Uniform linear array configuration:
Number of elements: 12
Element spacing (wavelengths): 0.75
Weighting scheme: hamming
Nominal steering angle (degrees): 45
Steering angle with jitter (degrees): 45.426
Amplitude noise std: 0.05
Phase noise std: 0.05

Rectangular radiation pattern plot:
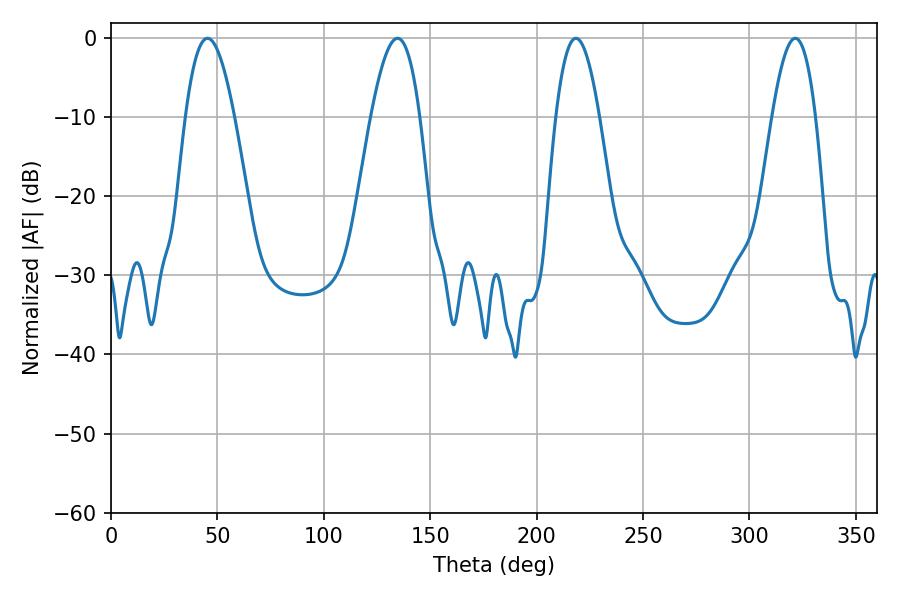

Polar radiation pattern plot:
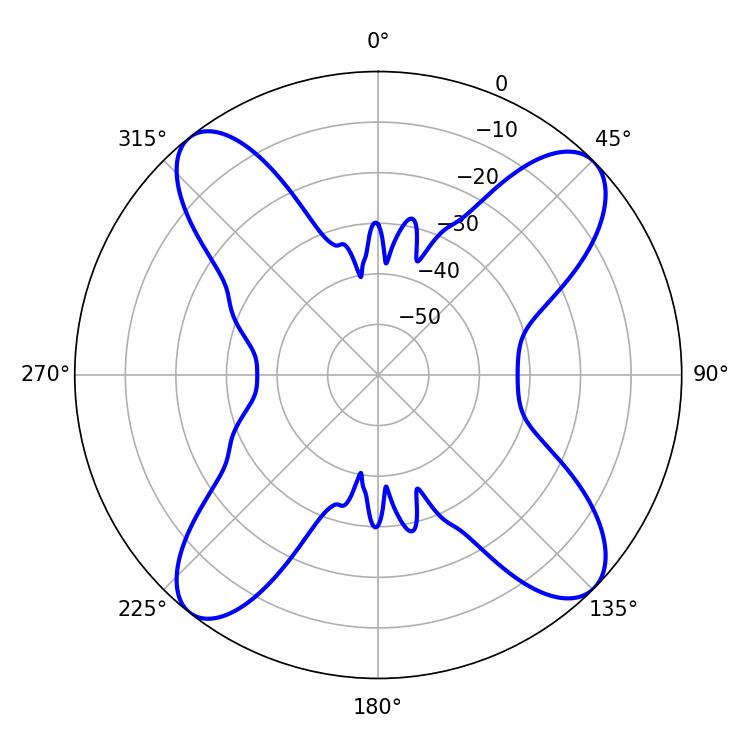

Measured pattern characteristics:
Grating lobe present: TRUE
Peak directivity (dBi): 14.275
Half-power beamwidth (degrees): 12.6
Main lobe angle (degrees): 45.36